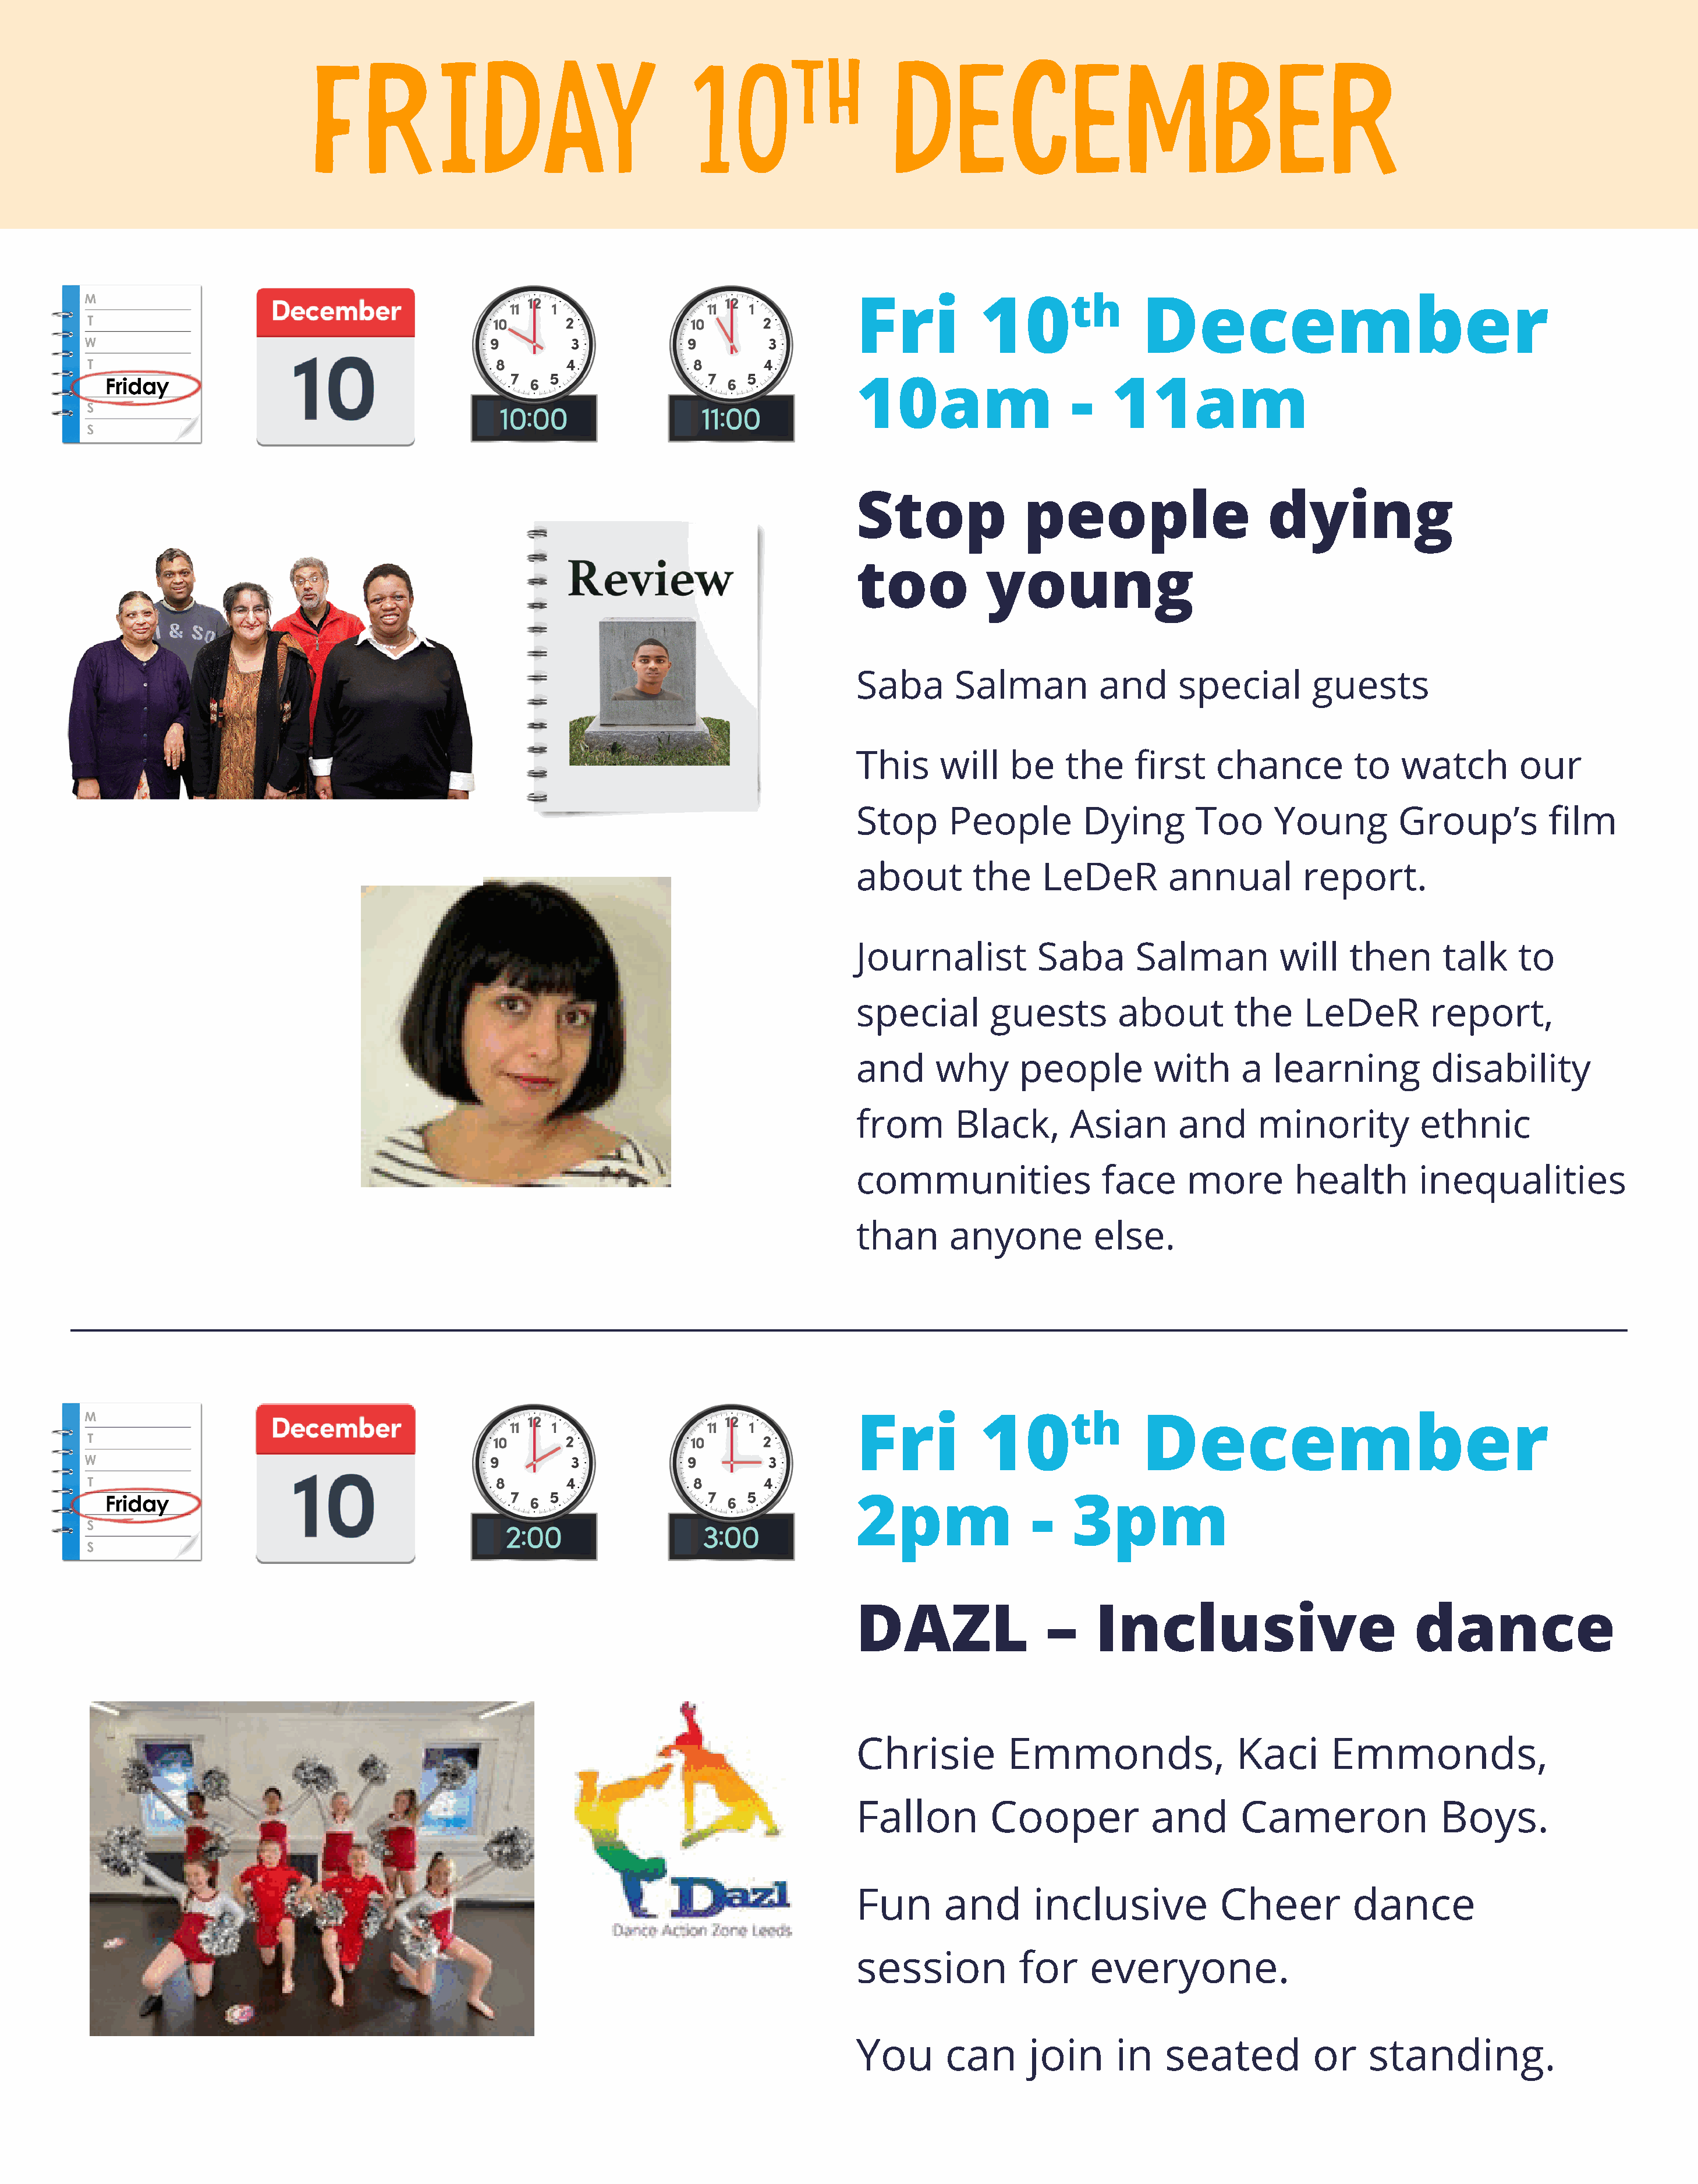
FRIDAY                                     10TH                   DECEMBER
 Fri           10th               December
 10am                     -   11am
 Stop               people                      dying
 too            young
 Saba        Salman          and      special        guests
 This      will    be    the     first    chance          to   watch         our
 Stop       People         Dying        Too      Young         Group’s          film
 about         the    LeDeR          annual         report.
 Journalist           Saba       Salman           will   then       talk     to
 special         guests        about        the     LeDeR          report,
 and      why       people         with      a   learning          disability
 from        Black,       Asian       and      minority          ethnic
 communities                 face      more        health        inequalities
 than       anyone          else.
 Fri           10th               December
 2pm                 -    3pm
 DAZL                  –     Inclusive                           dance
 Chrisie           Emmonds,                  Kaci      Emmonds,
 Fallon          Cooper            and       Cameron                Boys.
 Fun       and       inclusive             Cheer          dance
 session            for     everyone.
 You       can       join      in   seated           or     standing.